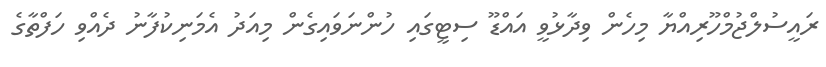
ރައީސުލްޖުމްހޫރިއްޔާ މިހެން ވިދާޅުވީ އައްޑޫ ސިޓީގައި ހުންނަވައިގެން މިއަދު އެމަނިކުފާނު ދެއްވި ހަފްތާގެ